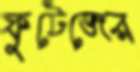
ফুটেজের